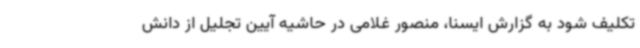
تکلیف شود به گزارش ایسنا، منصور غلامی در حاشیه آیین تجلیل از دانش